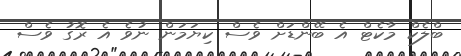
ބްލެކް މާކެޓް އެ ބޭންޑަށް ވެސް ކިޔަމަން ނުވެ އެ ރޮގު ވެސް